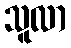
သူလာ